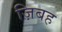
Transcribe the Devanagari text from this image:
ज़िबह